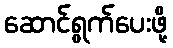
ဆောင်ရွက်ပေးဖို့